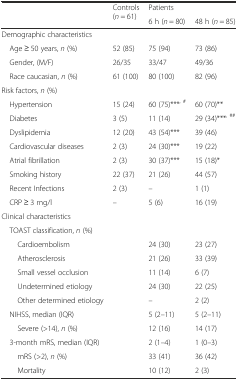
<table><thead><tr><td rowspan="2"></td><td rowspan="2"><b>Controls (<i>n</i> = 61)</b></td><td><b>Patients</b></td><td></td></tr><tr><td><b>6 h (<i>n</i> = 80)</b></td><td><b>48 h (<i>n</i> = 85)</b></td></tr></thead><tbody><tr><td colspan="4">Demographic characteristics</td></tr><tr><td> Age ≥ 50 years, <i>n</i> (%)</td><td>52 (85)</td><td>75 (94)</td><td>73 (86)</td></tr><tr><td> Gender, (M/F)</td><td>26/35</td><td>33/47</td><td>49/36</td></tr><tr><td> Race caucasian, <i>n</i> (%)</td><td>61 (100)</td><td>80 (100)</td><td>82 (96)</td></tr><tr><td colspan="4">Risk factors, <i>n</i> (%)</td></tr><tr><td> Hypertension</td><td>15 (24)</td><td>60 (75)***<sup>, #</sup></td><td>60 (70)**</td></tr><tr><td> Diabetes</td><td>3 (5)</td><td>11 (14)</td><td>29 (34)***<sup>, ##</sup></td></tr><tr><td> Dyslipidemia</td><td>12 (20)</td><td>43 (54)***</td><td>39 (46)</td></tr><tr><td> Cardiovascular diseases</td><td>2 (3)</td><td>24 (30)***</td><td>19 (22)</td></tr><tr><td> Atrial fibrillation</td><td>2 (3)</td><td>30 (37)***</td><td>15 (18)*</td></tr><tr><td> Smoking history</td><td>22 (37)</td><td>21 (26)</td><td>44 (57)</td></tr><tr><td> Recent Infections</td><td>2 (3)</td><td>–</td><td>1 (1)</td></tr><tr><td> CRP ≥ 3 mg/l</td><td>–</td><td>5 (6)</td><td>16 (19)</td></tr><tr><td colspan="4">Clinical characteristics</td></tr><tr><td> TOAST classification, <i>n</i> (%)</td><td></td><td></td><td></td></tr><tr><td>Cardioembolism</td><td></td><td>24 (30)</td><td>23 (27)</td></tr><tr><td>Atherosclerosis</td><td></td><td>21 (26)</td><td>33 (39)</td></tr><tr><td>Small vessel occlusion</td><td></td><td>11 (14)</td><td>6 (7)</td></tr><tr><td>Undetermined etiology</td><td></td><td>24 (30)</td><td>22 (25)</td></tr><tr><td>Other determined etiology</td><td></td><td>–</td><td>2 (2)</td></tr><tr><td> NIHSS, median (IQR)</td><td></td><td>5 (2–11)</td><td>5 (2–11)</td></tr><tr><td>Severe (&gt;14), <i>n</i> (%)</td><td></td><td>12 (16)</td><td>14 (17)</td></tr><tr><td> 3-month mRS, median (IQR)</td><td></td><td>2 (1–4)</td><td>1 (0–3)</td></tr><tr><td>mRS (&gt;2), <i>n</i> (%)</td><td></td><td>33 (41)</td><td>36 (42)</td></tr><tr><td>Mortality</td><td></td><td>10 (12)</td><td>2 (3)</td></tr></tbody></table>